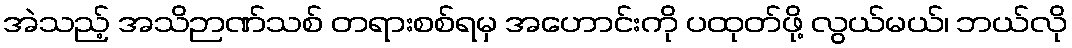
အဲသည့် အသိဉာဏ်သစ် တရားစစ်ရမှ အဟောင်းကို ပထုတ်ဖို့ လွယ်မယ်၊ ဘယ်လို